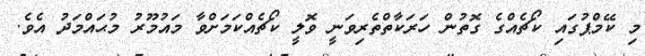
މި ކޭމްޕުގައި ކޯޗެއްގެ ގޮތުން ހަރަކާތްތެރިވަނީ ވޮލީ ކޯޗެއްކަމަށްވާ މައުމޫރު މުޙައްމަދު އެވެ.